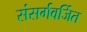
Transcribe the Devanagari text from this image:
संसर्गवर्जित